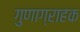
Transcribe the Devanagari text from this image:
गुणाग्राहक